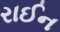
રાઈન